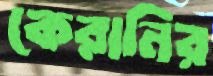
কেরানির